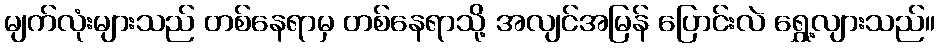
မျက်လုံးများသည် တစ်နေရာမှ တစ်နေရာသို့ အလျင်အမြန် ပြောင်းလဲ ရွှေ့လျားသည်။